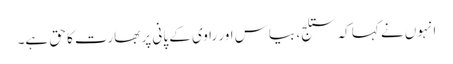
انہوں نے کہا کہ ستلج، بیاس اور راوی کے پانی پر بھارت کا حق ہے۔